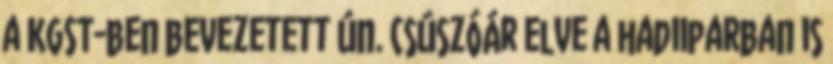
a KGST-ben bevezetett ún. csúszóár elve a hadiiparban is